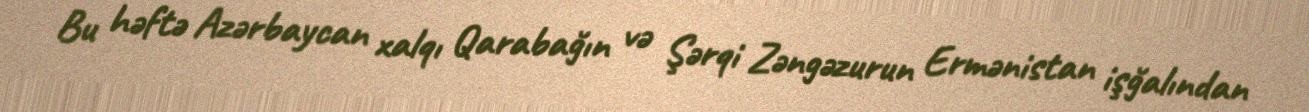
Bu həftə Azərbaycan xalqı Qarabağın və Şərqi Zəngəzurun Ermənistan işğalından